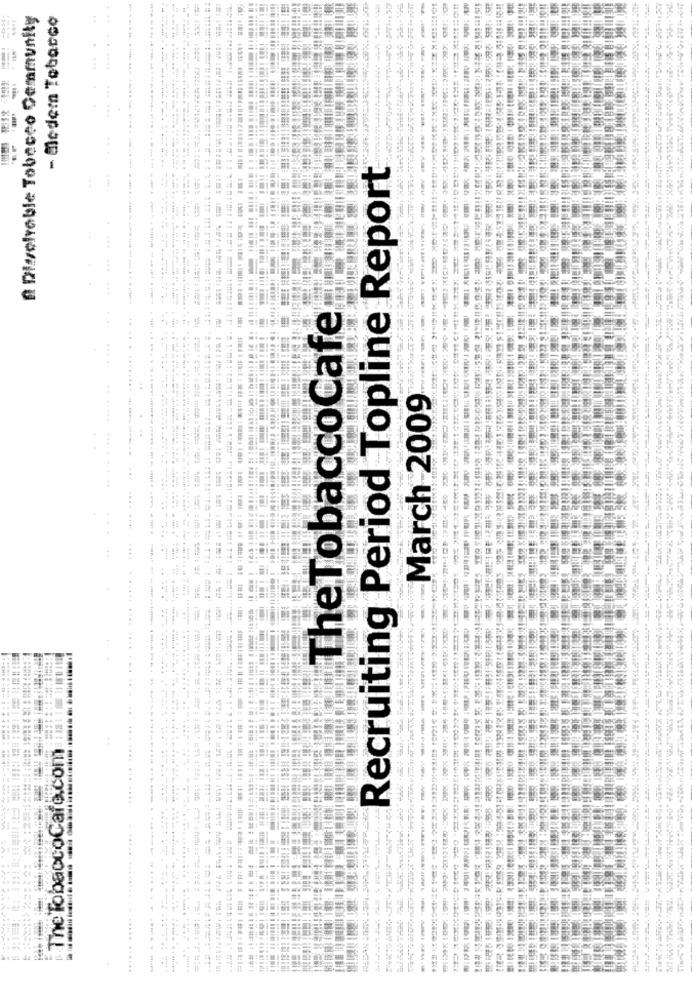
A Disolvable Tobacco Community
- Modem Tebarco
Recruiting Period Topline Report
4 4
The TobaccoCafe
-----
March 2009
.....
...
.... ....
1
....
The TobaccoCafe.com
TOR
... .
04 4